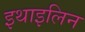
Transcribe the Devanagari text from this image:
इथाइलिन